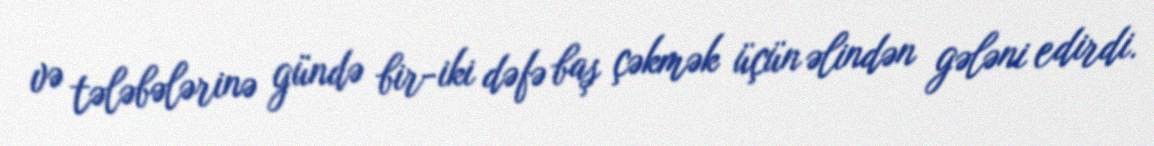
və tələbələrinə gündə bir-iki dəfə baş çəkmək üçün əlindən gələni edirdi.